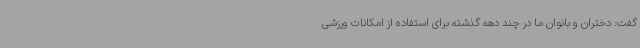
گفت: دختران و بانوان ما در چند دهه گذشته برای استفاده از امکانات ورزشی